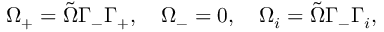
\Omega _ { + } = \tilde { \Omega } \Gamma _ { - } \Gamma _ { + } , \quad \Omega _ { - } = 0 , \quad \Omega _ { i } = \tilde { \Omega } \Gamma _ { - } \Gamma _ { i } ,